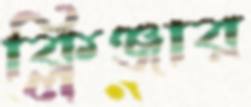
ক্লিঞ্জার